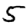
Digit: 5